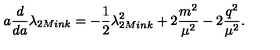
a \frac { d } { d a } \lambda _ { 2 M i n k } = - \frac { 1 } { 2 } \lambda _ { 2 M i n k } ^ { 2 } + 2 \frac { m ^ { 2 } } { \mu ^ { 2 } } - 2 \frac { q ^ { 2 } } { \mu ^ { 2 } } .